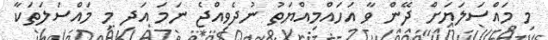
މި މައްސަލަޔަށް ދޭން ވާ އަހައްމިއްޔަތު ނުދެވިއްޖެ ނަމަ އަދި މި މައްސަލަތަކާ